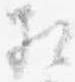
相